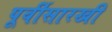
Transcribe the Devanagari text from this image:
पूर्वीसारखी